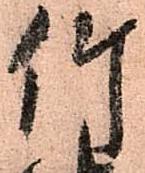
竹